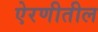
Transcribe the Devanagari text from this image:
ऐरणीतील